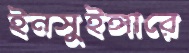
ইনসুইঙ্গারে